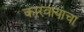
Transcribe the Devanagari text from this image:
कारवायाचा